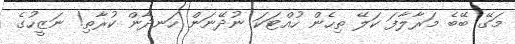
މަގޭ ބޭބެ މަރާލާފަ ކަލޭ ތިހެން ހުއްޓަކަ ނުދޭނަން ހަނދާން ކުރާތި! ނަޒީހުގެ